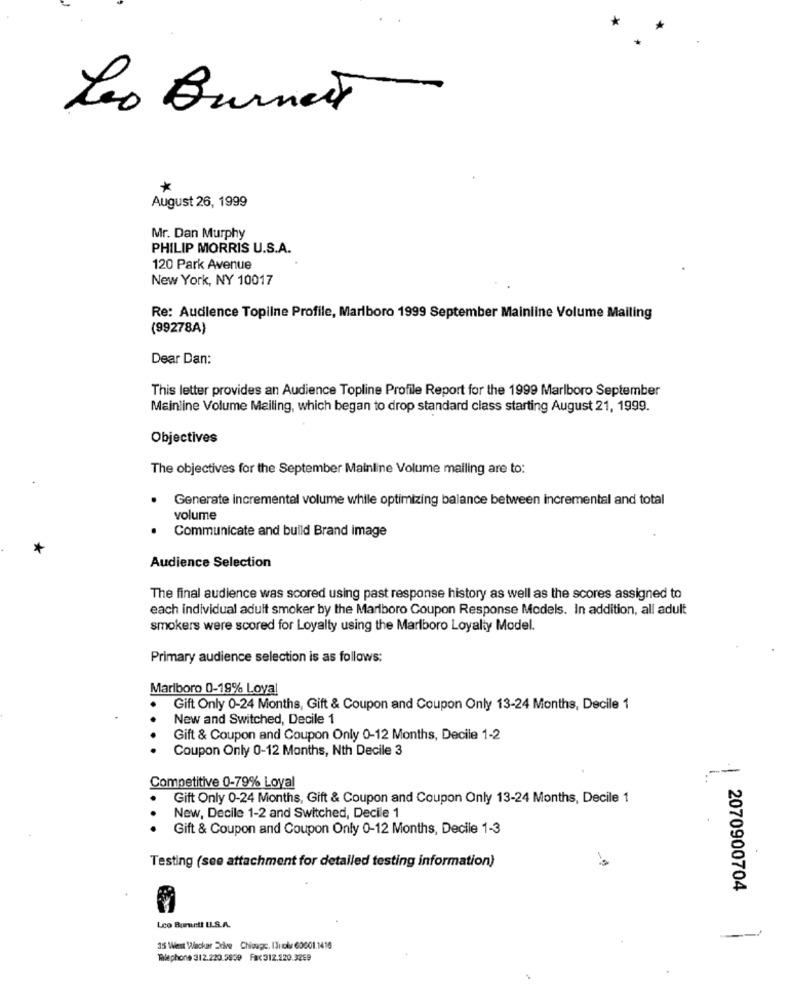
*
Leo Burnet
*
August 26, 1999
Mr. Dan Murphy
PHILIP MORRIS U.S.A.
120 Park Avenue
New York, NY 10017
Re: Audience Topilne Profile, Marlboro 1999 September Mainline Volume Mailing
(99278A)
Dear Dan:
This letter provides an Audience Topline Profile Report for the 1999 Marlboro September
Mainline Volume Mailing, which began to drop standard class starting August 21, 1999.
Objectives
The objectives for the September Mainline Volume mailing are to:
Generate incremental volume while optimizing balance between incremental and total
volume
Communicate and build Brand image
Audience Selection
The final audience was scored using past response history as well as the scores assigned to
each individual adult smoker by the Marlboro Coupon Response Models. In addition, all adult
smokers were scored for Loyalty using the Marlboro Loyalty Model.
Primary audience selection is as follows:
Marlboro 0-19% Loyal
Gift Only 0-24 Months, Gift & Coupon and Coupon Only 13-24 Months, Decile 1
New and Switched, Decile 1
Gift & Coupon and Coupon Only 0-12 Months, Decile 1-2
Coupon Only 0-12 Months, Nth Decile 3
1
Competitive 0-79% Loyal
Gift Only 0-24 Months, Gift & Coupon and Coupon Only 13-24 Months, Decile 1
New, Decile 1-2 and Switched, Decile 1
Gift & Coupon and Coupon Only 0-12 Months, Decile 1-3
Testing (see attachment for detailed testing information)
2070900704
Leo Burnett ILS.A.
35 West Wacker Edve Chicage. Iluole 60601.1416
Tahlephone 312.220.5939 Fax312.220.3299